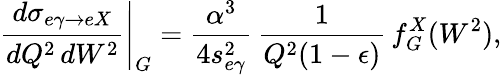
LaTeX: \left.\frac{d\sigma_{e\gamma\to eX}}{dQ^{2}\, dW^{2}}\right|_{G}=\frac{\alpha^{3}}{4s_{e\gamma}^{2}}\, \frac{1}{Q^{2}(1-\epsilon)}\, f_{G}^{X}(W^{2}),